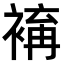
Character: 𧛥